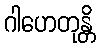
ဂါဟေတုန္တိ